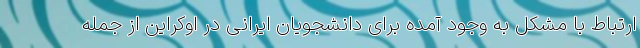
ارتباط با مشکل به وجود آمده برای دانشجویان ایرانی در اوکراین از جمله